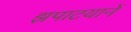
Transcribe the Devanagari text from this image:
झपाटयानें